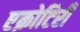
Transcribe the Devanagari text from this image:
एक्रोटिरी